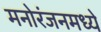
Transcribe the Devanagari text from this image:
मनोरंजनमध्ये